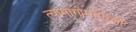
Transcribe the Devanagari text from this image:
त्यामागोमागच्या